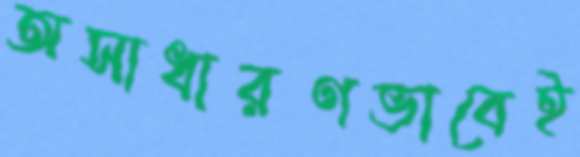
অসাধারণভাবেই